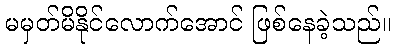
မမှတ်မိနိုင်လောက်အောင် ဖြစ်နေခဲ့သည်။